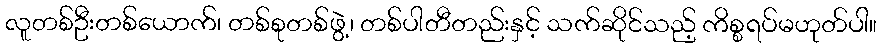
လူတစ်ဦးတစ်ယောက်၊ တစ်စုတစ်ဖွဲ့၊ တစ်ပါတီတည်းနှင့် သက်ဆိုင်သည့် ကိစ္စရပ်မဟုတ်ပါ။